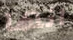
انها